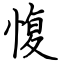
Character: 愎